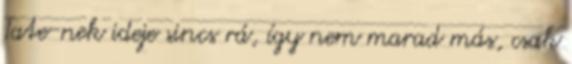
Tate-nek ideje sincs rá, így nem marad más, csak